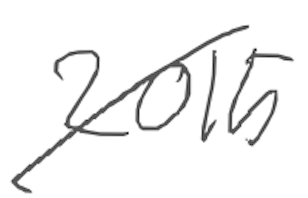
Text: 2015
Cross-out: diagonal
Writing tool: digital_gray